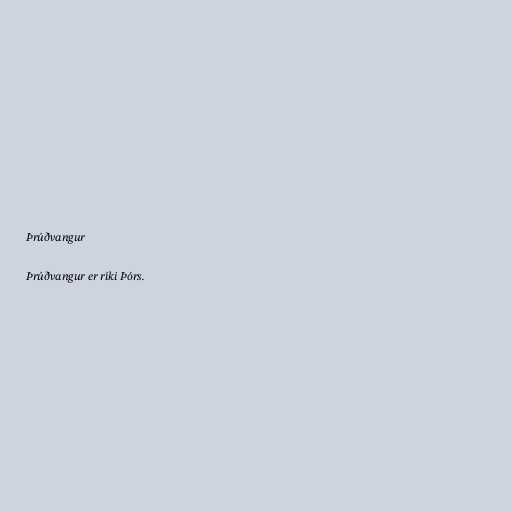
Þrúðvangur

Þrúðvangur er ríki Þórs.